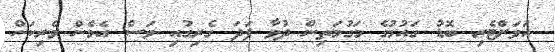
އަވަށްޓެރި ބޮޑު ގައުމުގެ މަގުމަތިން ދުވާ ފަދަ ގެރިގުއި ވަސް އެމެން ވެރިކަން